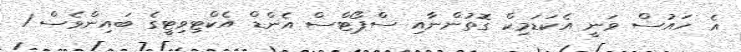
އެ ހައުސް ވަނީ އެކަޑަމިކް ގޮތުންނާއި ސްޕޯޓްސް އެންޑް އެކްޓިވިޓީގެ ބައިންވެސް 1